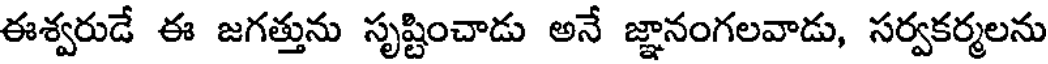
ఈశ్వరుడే ఈ జగత్తును సృష్టించాడు అనే జ్ఞానంగలవాడు, సర్వకర్మలను